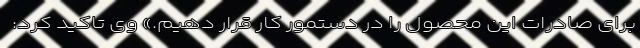
برای صادرات این محصول را در دستمور کار قرار دهیم.» وی تاکید کرد:‌